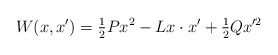
\begin{align*}W(x,x^{\prime})=\tfrac{1}{2}Px^{2}-Lx\cdot x^{\prime}+\tfrac{1}{2}Qx^{\prime2}\end{align*}